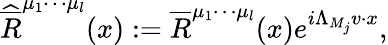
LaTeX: \widehat{\overline{{{R}}}}^{\mu_{1}\cdots\mu_{l}}(x):=\overline{{{R}}}^{\mu_{1}\cdots\mu_{l}}(x)e^{i\Lambda_{M_{j}}v\cdot x},